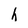
Character: h